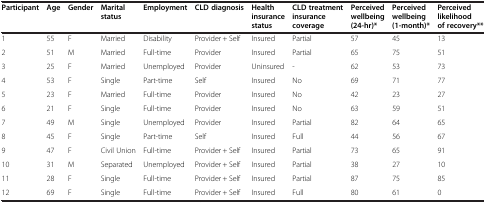
| Participant | Age | Gender | Marital status | Employment | CLD diagnosis | Health insurance status | CLD treatment insurance coverage | Perceived wellbeing (24-hr)* | Perceived wellbeing (1-month)* | Perceived likelihood of recovery** |
 | --- | --- | --- | --- | --- | --- | --- | --- | --- | --- | --- |
 | 1 | 55 | F | Married | Disability | Provider + Self | Insured | Partial | 57 | 45 | 13 |
 | 2 | 51 | M | Married | Full-time | Provider | Insured | Partial | 65 | 75 | 51 |
 | 3 | 25 | F | Married | Unemployed | Provider | Uninsured | - | 62 | 53 | 73 |
 | 4 | 53 | F | Single | Part-time | Self | Insured | No | 69 | 71 | 77 |
 | 5 | 23 | F | Married | Full-time | Provider | Insured | No | 42 | 23 | 27 |
 | 6 | 21 | F | Single | Full-time | Provider | Insured | No | 63 | 59 | 51 |
 | 7 | 49 | M | Single | Unemployed | Provider | Insured | Partial | 82 | 64 | 65 |
 | 8 | 45 | F | Single | Part-time | Self | Insured | Full | 44 | 56 | 67 |
 | 9 | 47 | F | Civil Union | Full-time | Provider + Self | Insured | Partial | 73 | 65 | 91 |
 | 10 | 31 | M | Separated | Unemployed | Provider + Self | Insured | Partial | 38 | 27 | 10 |
 | 11 | 28 | F | Single | Full-time | Provider + Self | Insured | Partial | 87 | 75 | 85 |
 | 12 | 69 | F | Single | Full-time | Provider + Self | Insured | Full | 80 | 61 | 0 |